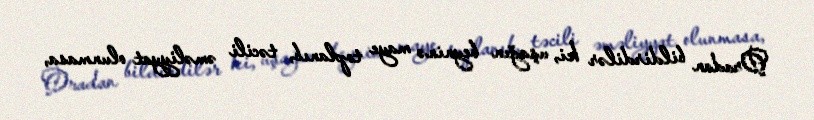
Oradan bildirdilər ki, uşağın beyninə maye toplanıb, təcili əməliyyat olunmasa,